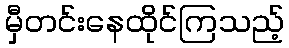
မှီတင်းနေထိုင်ကြသည့်